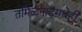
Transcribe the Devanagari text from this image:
तमिळनाडूमधेही